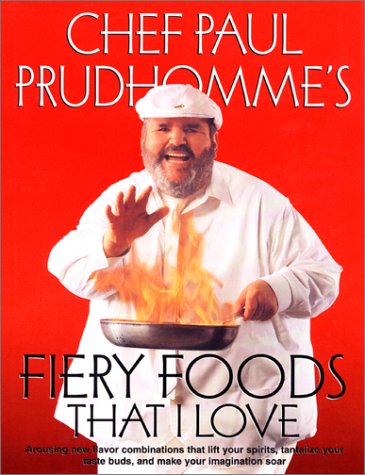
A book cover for Fiery Foods That I Love; Paul Prudhomme; Cookbooks, Food & Wine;